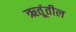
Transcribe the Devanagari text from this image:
ऋतूंतील